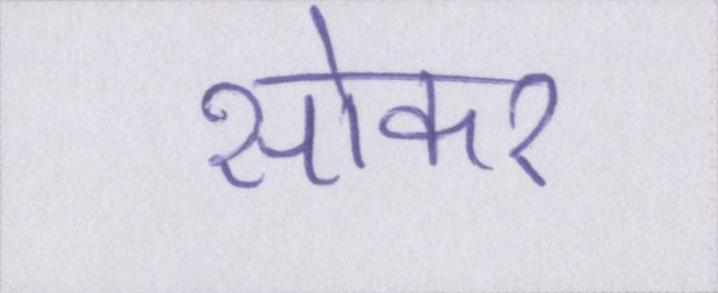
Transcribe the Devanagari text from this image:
सोकर